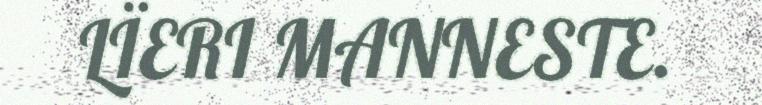
LÏERI MANNESTE.